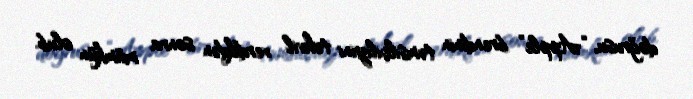
doğrusu, “Apple” brendinin təmsilçiliyini təhvil verdikdən sonra mümkün olub.